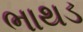
ભાથડ